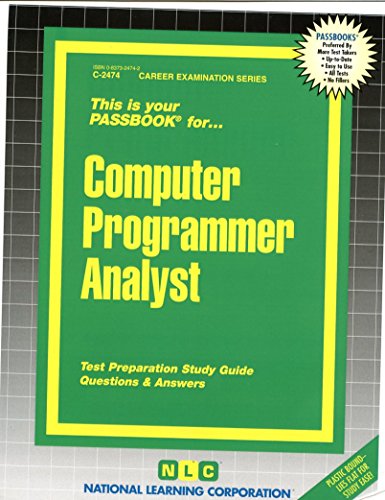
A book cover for Computer Programmer Analyst(Passbooks); Jack Rudman; Test Preparation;